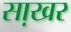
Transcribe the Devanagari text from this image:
सा़खर